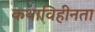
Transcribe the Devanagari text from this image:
कथाविहीनता